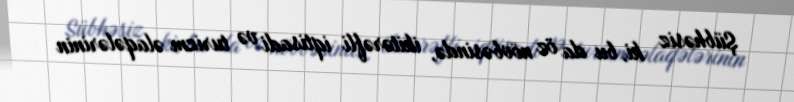
Şübhəsiz ki, bu da öz növbəsində, ikitərəfli iqtisadi və turizm əlaqələrinin